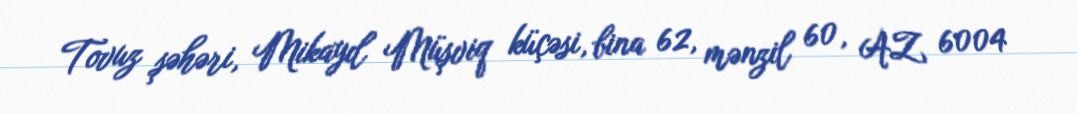
Tovuz şəhəri, Mikayıl Müşviq küçəsi, bina 62, mənzil 60, AZ 6004